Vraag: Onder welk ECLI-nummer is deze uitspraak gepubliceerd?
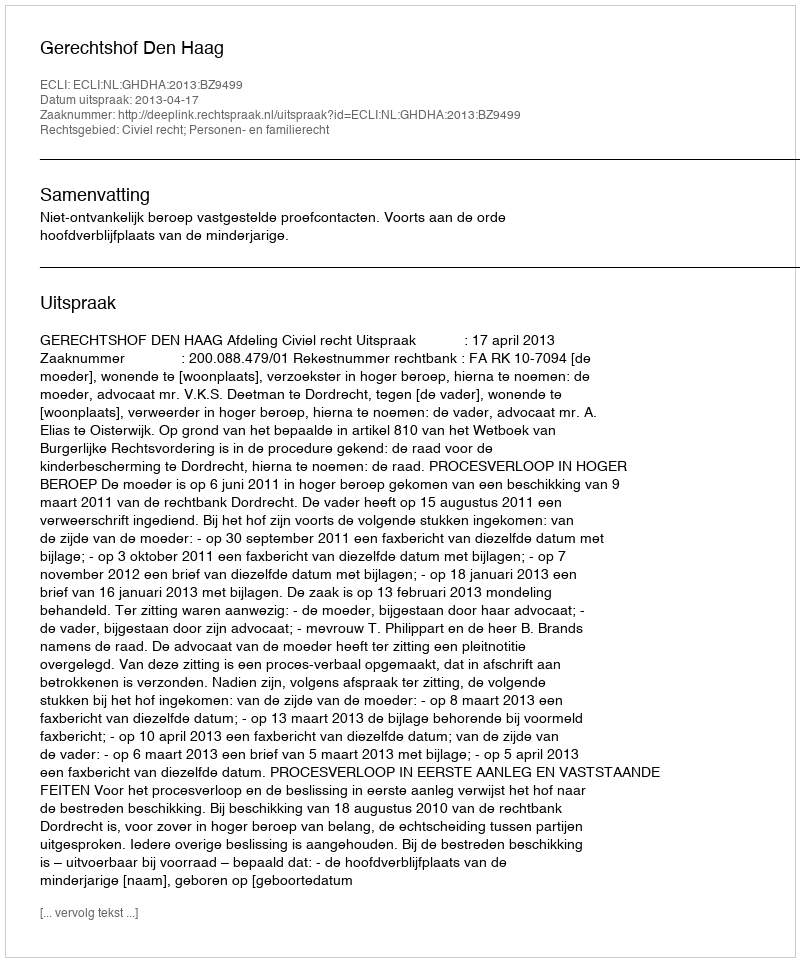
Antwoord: ECLI:NL:GHDHA:2013:BZ9499